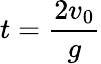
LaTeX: t=\frac{2v_{0}}{g}